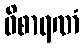
ဝိစာရဏံ